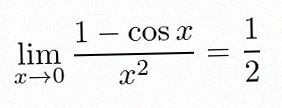
\lim_{x\to0}\frac{1-\cos x}{x^2}=\frac12